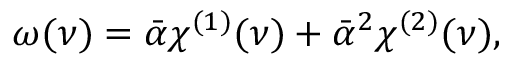
\omega ( \nu ) = \bar { \alpha } \chi ^ { ( 1 ) } ( \nu ) + \bar { \alpha } ^ { 2 } \chi ^ { ( 2 ) } ( \nu ) ,